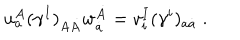
u _ { a } ^ { A } ( \gamma ^ { I } ) _ { A \dot { A } } w _ { \dot { a } } ^ { \dot { A } } = v _ { i } ^ { I } ( \gamma ^ { i } ) _ { a \dot { a } } \; .